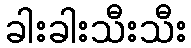
ခါးခါးသီးသီး